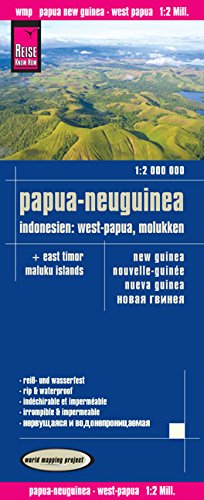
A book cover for Papua-neuguiea, Indonesien: West-Papua, Molukken = New Guinea = nouvelle-Guinee = nueva Guinea = Novaia Gvineia; Reise Know-How Verlag; Travel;